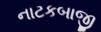
નાટકબાજી